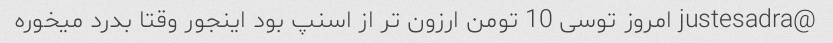
@justesadra امروز توسی 10 تومن ارزون تر از اسنپ بود اینجور وقتا بدرد میخوره